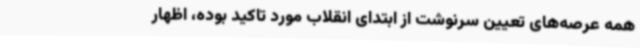
همه عرصه‌های تعیین سرنوشت از ابتدای انقلاب مورد تاکید بوده، اظهار